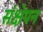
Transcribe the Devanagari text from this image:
संक्षेपन